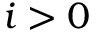
i > 0